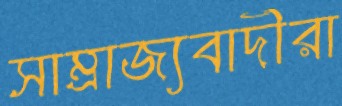
সাম্রাজ্যবাদীরা